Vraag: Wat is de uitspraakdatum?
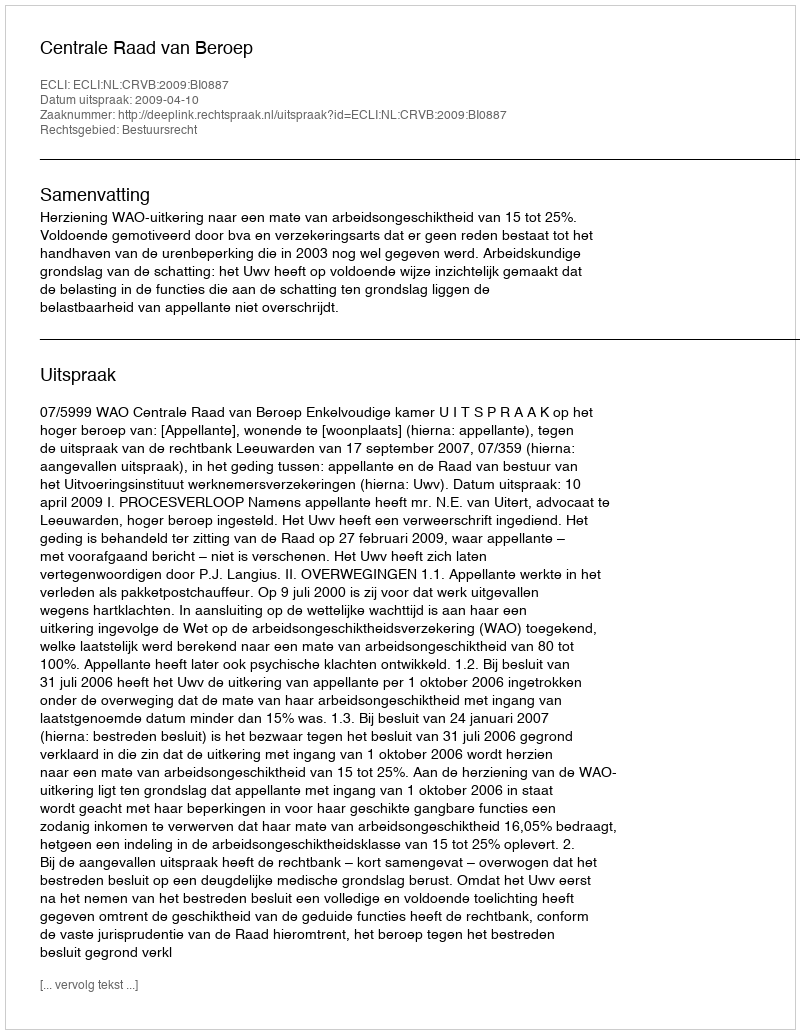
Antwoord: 2009-04-10